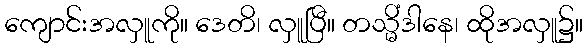
ကျောင်းအလှူကို။ ဒေတိ၊ လှူပြီ။ တသ္မိံဒါနေ၊ ထိုအလှူ၌။